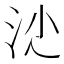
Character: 𣲡